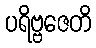
ပရိဗ္ဗဇေတိ